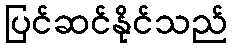
ပြင်ဆင်နိုင်သည်